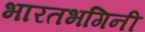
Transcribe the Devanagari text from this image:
भारतभगिनी